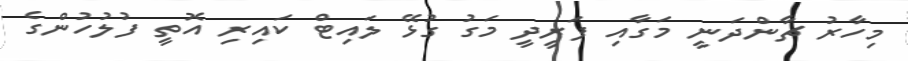
މިހާރު ޗާންދަނީ މަގާއި ފަރީދީ މަގު ގުޅޭ ލައިޓް ކައިރި އޮތީ ފުލުހުންގެ